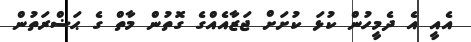
އެއީ އެ ދެމީހުން ކުޅަ ކުށަށް ޖަޒާއެއްގެ ގޮތުން މާތް ގެ ޙަޟްރަތުން